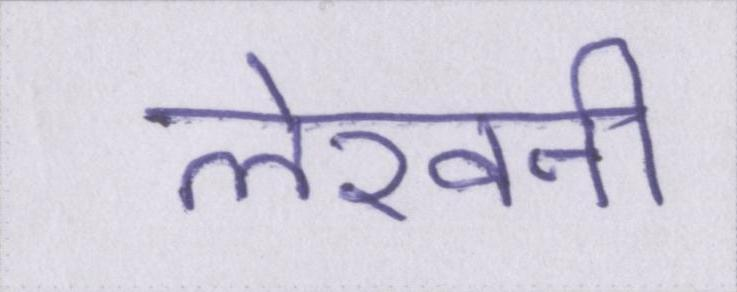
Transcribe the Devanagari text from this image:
लेखनी